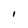
Character: l